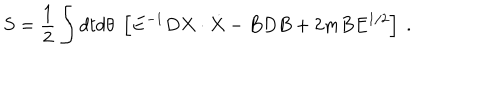
LaTeX: S = { \frac { 1 } { 2 } } \int d t d \theta \; \left[ E ^ { - 1 } D X \cdot \dot { X } - B D B + 2 m B E ^ { 1 / 2 } \right] \ .